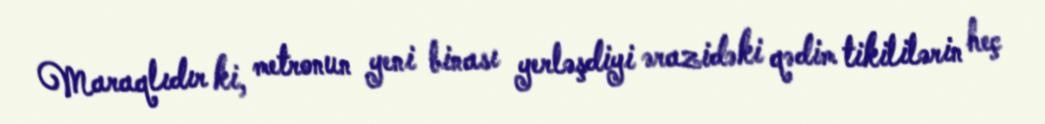
Maraqlıdır ki, metronun yeni binası yerləşdiyi ərazidəki qədim tikililərin heç